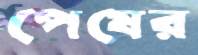
পেষের